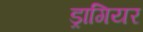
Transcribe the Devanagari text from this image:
ड्रागियर